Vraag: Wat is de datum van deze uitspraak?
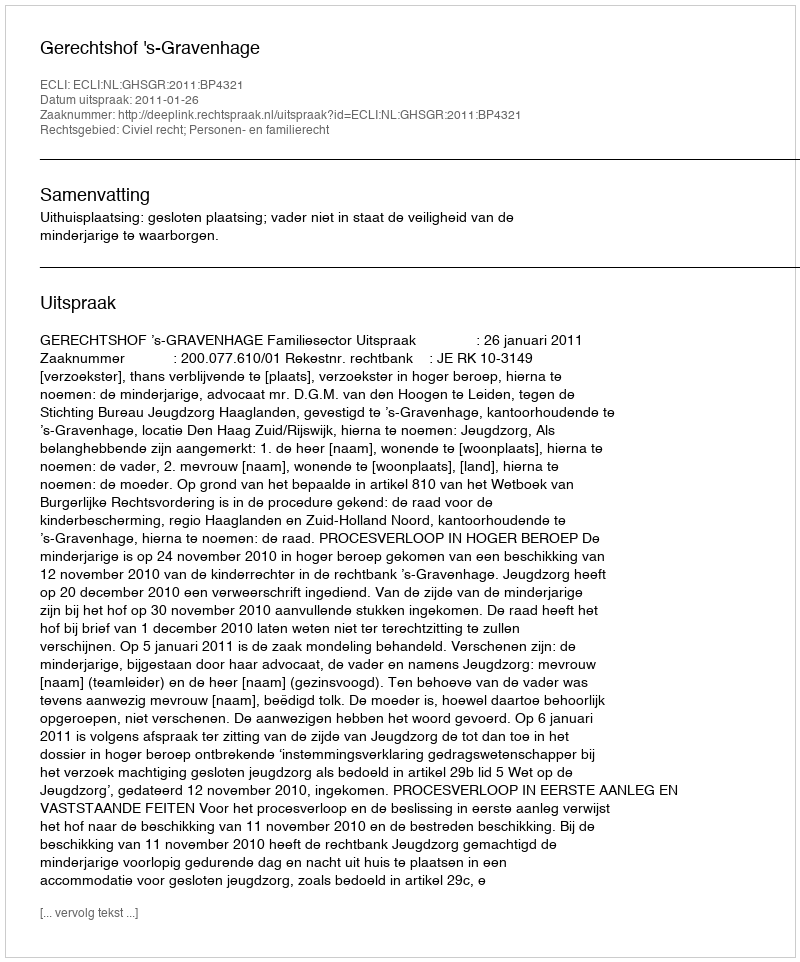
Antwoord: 2011-01-26